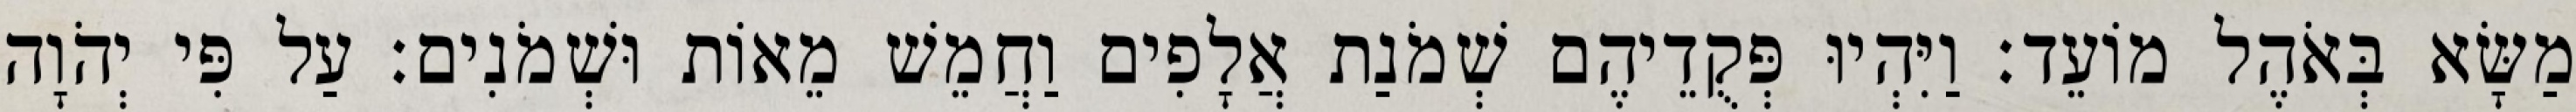
מַשָּׂא בְּאֹהֶל מוֹעֵד׃ וַיִּהְיוּ פְּקֻדֵיהֶם שְׁמֹנַת אֲלָפִים וַחֲמֵשׁ מֵאוֹת וּשְׁמֹנִים׃ עַל פִּי יְהֹוָה